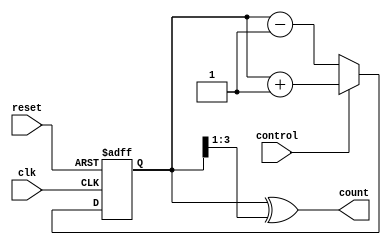
module bidirectional_gray_counter (
    input wire clk,
    input wire reset,
    input wire control,
    output reg [3:0] count
);

reg [3:0] current_count;

always @(posedge clk or posedge reset) begin
    if (reset) begin
        current_count <= 4'b0000;
    end else begin
        if (control) begin
            current_count <= current_count + 1;
        end else begin
            current_count <= current_count - 1;
        end
    end
end

assign count = current_count ^ (current_count >> 1);

endmodule